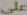
على